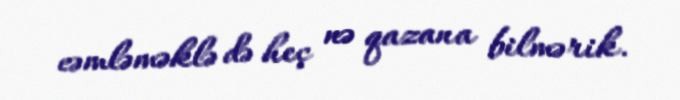
cəmləməklə də heç nə qazana bilmərik.